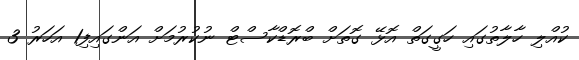
ކުއްލި ހާލާތުގައި ހަގީގަތް އޮޅޭ ގޮތަށް ބްރޮޑްކާސްޓް ނުކުރުމަށް އަންގައިފި1 އަހަރު 3